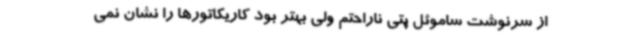
از سرنوشت ساموئل پتی ناراحتم ولی بهتر بود کاریکاتورها را نشان نمی